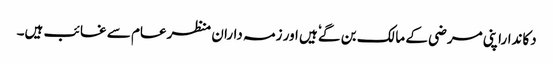
دکانداراپنی مرضی کے مالک بن گےٗ ہیں ا ور زمہ داران منظرعام سے غائب ہیں۔